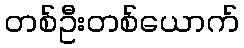
တစ်ဦးတစ်ယောက်